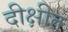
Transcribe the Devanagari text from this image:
दीक्षीत